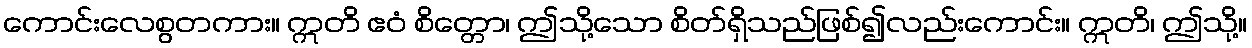
ကောင်းလေစွတကား။ ဣတိ ဧဝံ စိတ္တော၊ ဤသို့သော စိတ်ရှိသည်ဖြစ်၍လည်းကောင်း။ ဣတိ၊ ဤသို့။